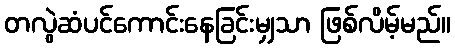
တလွဲဆံပင်ကောင်းနေခြင်းမျှသာ ဖြစ်လိမ့်မည်။